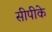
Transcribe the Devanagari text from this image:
सीपीके